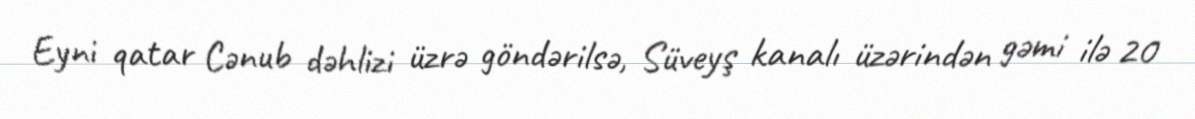
Eyni qatar Cənub dəhlizi üzrə göndərilsə, Süveyş kanalı üzərindən gəmi ilə 20